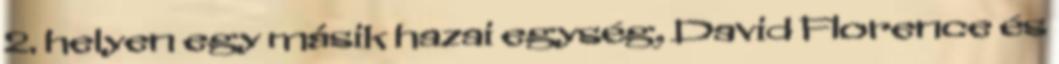
2. helyen egy másik hazai egység, David Florence és